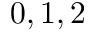
0 , 1 , 2